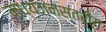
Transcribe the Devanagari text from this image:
मध्यजनस्तरीय